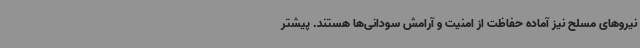
نیروهای مسلح نیز آماده حفاظت از امنیت و آرامش سودانی‌ها هستند. پیشتر